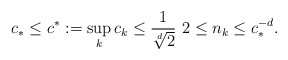
\begin{align*}c_{\ast}\leq c^{\ast}:=\sup_{k}c_{k}\leq\frac{1}{\sqrt[d]{2}}\ 2\leq n_{k}\leq c_{\ast}^{-d}. \end{align*}